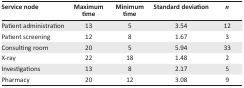
<table><thead><tr><td><b>Service node</b></td><td><b>Maximum time</b></td><td><b>Minimum time</b></td><td><b>Standard deviation</b></td><td><b><i>n</i></b></td></tr></thead><tbody><tr><td>Patient administration</td><td>13</td><td>5</td><td>3.54</td><td>12</td></tr><tr><td>Patient screening</td><td>12</td><td>8</td><td>1.67</td><td>3</td></tr><tr><td>Consulting room</td><td>20</td><td>5</td><td>5.94</td><td>33</td></tr><tr><td>X-ray</td><td>22</td><td>18</td><td>1.48</td><td>2</td></tr><tr><td>Investigations</td><td>13</td><td>8</td><td>2.17</td><td>5</td></tr><tr><td>Pharmacy</td><td>20</td><td>12</td><td>3.08</td><td>9</td></tr></tbody></table>